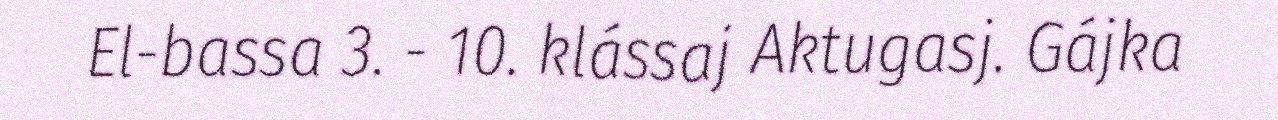
El-bassa 3. - 10. klássaj Aktugasj. Gájka